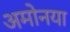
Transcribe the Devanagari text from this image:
अमोनया